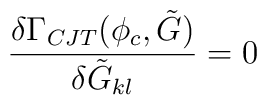
\frac{\delta\Gamma_{CJT}(\phi_c, \tilde{G})}{\delta \tilde{G}_{kl}} = 0